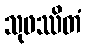
သုဖဿိတံ